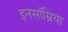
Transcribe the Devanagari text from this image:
इनसॉम्निया